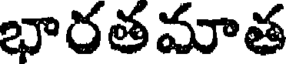
భారతమాత